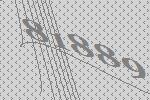
81889